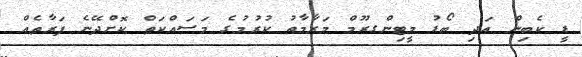
ޑީ ކެބިން އަދި ބޯޑު މީޓިންގރޫމް މަރާމާތު ކުރުމުގެ މަސައްކަތް ކޮށްދޭނެ ފަރާތެއް